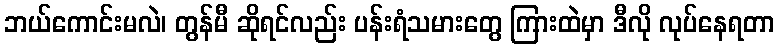
ဘယ်ကောင်းမလဲ၊ တွန်မီ ဆိုရင်လည်း ပန်းရံသမားတွေ ကြားထဲမှာ ဒီလို လုပ်နေရတာ